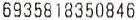
6935818350846